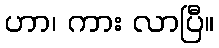
ဟာ၊ ကား လာပြီ။